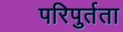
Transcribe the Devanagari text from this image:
परिपुर्तता